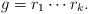
LaTeX: \begin{align*}g = r_1 \cdots r_k.\end{align*}